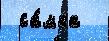
 са́мка